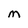
Character: M